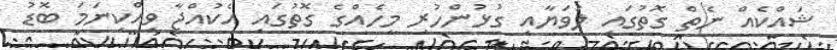
ޝައްކެއް ނެތް ގޮތުގައި ލަވަޔާއި ގުޅުންހުރި މީހެއްގެ ގޮތުގައި އެކުއްޖާ ވިއްކިނަމަ ބޮޑު